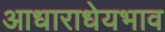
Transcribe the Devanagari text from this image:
आधाराधेयभाव